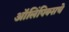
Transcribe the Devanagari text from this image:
ऑलिंपिक्सचे